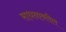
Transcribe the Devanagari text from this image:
साधनावरील